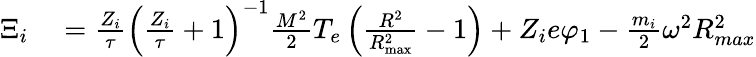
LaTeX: \begin{array}{rl}{\Xi_{i}}&{{}=\frac{Z_{i}}{\tau}\left(\frac{Z_{i}}{\tau}+1\right)^{-1}\frac{M^{2}}{2}T_{e}\left(\frac{R^{2}}{R_{\mathrm{max}}^{2}}-1\right)+Z_{i}e\varphi_{1}-\frac{m_{i}}{2}\omega^{2}R_{max}^{2}}\end{array}